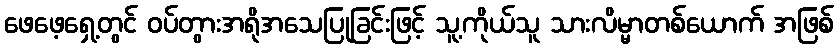
ဖေဖေ့ရှေ့တွင် ဝပ်တွားအရိုအသေပြုခြင်းဖြင့် သူ့ကိုယ်သူ သားလိမ္မာတစ်ယောက် အဖြစ်